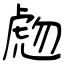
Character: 虝